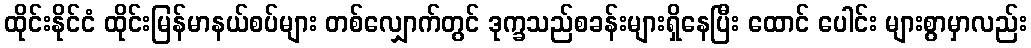
ထိုင်းနိုင်ငံ ထိုင်းမြန်မာနယ်စပ်များ တစ်လျှောက်တွင် ဒုက္ခသည်စခန်းများရှိနေပြီး ထောင် ပေါင်း များစွာမှာလည်း